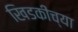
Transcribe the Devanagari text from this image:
खिडकीच्या